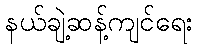
နယ်ချဲ့ဆန့်ကျင်ရေး